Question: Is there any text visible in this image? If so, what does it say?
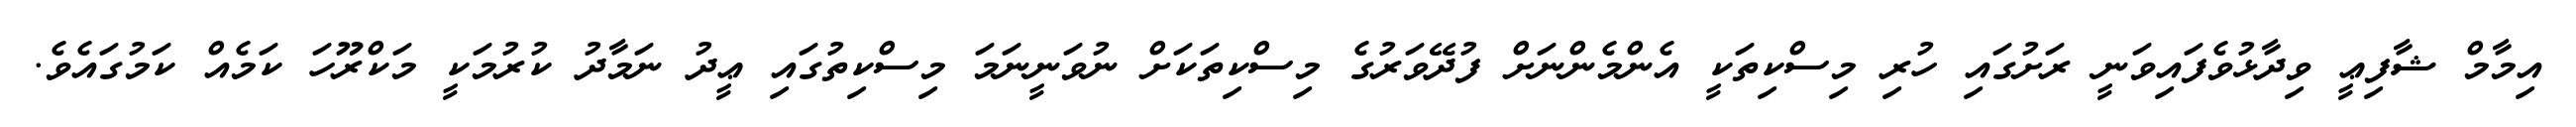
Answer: އިމާމް ޝާފިޢީ ވިދާޅުވެފައިވަނީ ރަށުގައި ހުރި މިސްކިތަކީ އެންމެންނަށް ފުދޭވަރުގެ މިސްކިތަކަށް ނުވަނީނަމަ މިސްކިތުގައި ޢީދު ނަމާދު ކުރުމަކީ މަކްރޫހަ ކަމެއް ކަމުގައެވެ.